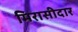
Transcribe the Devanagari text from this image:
मिरासीदार